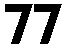
77